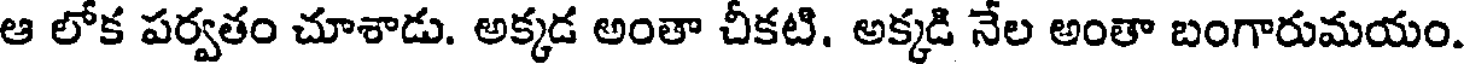
ఆ లోక పర్వతం చూశాడు. అక్కడ అంతా చీకటి. అక్కడి నేల అంతా బంగారుమయం.